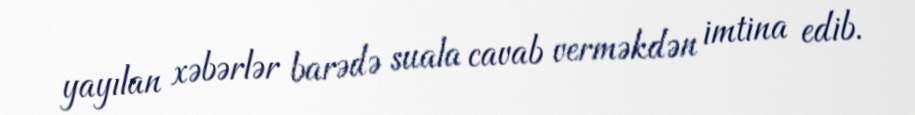
yayılan xəbərlər barədə suala cavab verməkdən imtina edib.